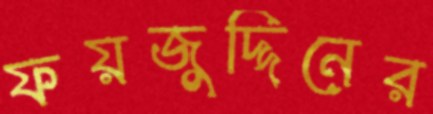
ফয়জুদ্দিনের